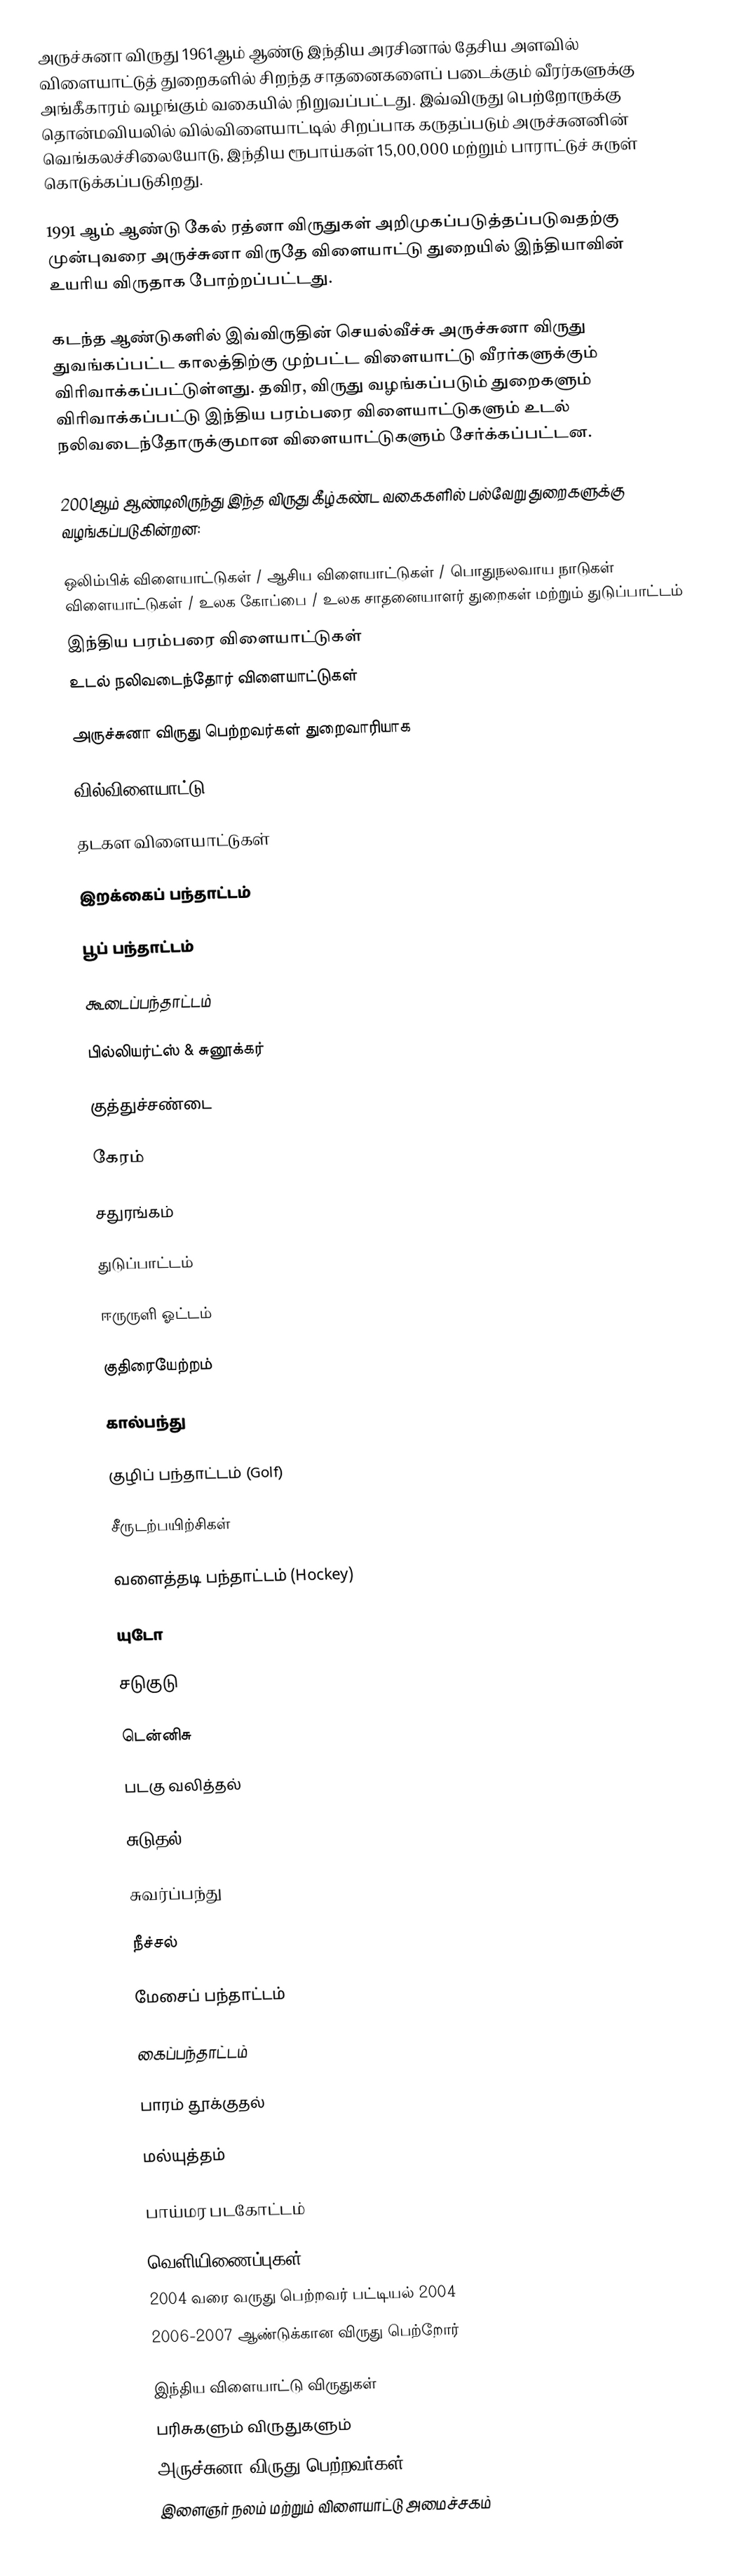
அருச்சுனா விருது 1961ஆம் ஆண்டு இந்திய அரசினால் தேசிய அளவில் விளையாட்டுத் துறைகளில் சிறந்த சாதனைகளைப் படைக்கும் வீரர்களுக்கு அங்கீகாரம் வழங்கும் வகையில் நிறுவப்பட்டது. இவ்விருது பெற்றோருக்கு தொன்மவியலில் வில்விளையாட்டில் சிறப்பாக கருதப்படும் அருச்சுனனின் வெங்கலச்சிலையோடு, இந்திய ரூபாய்கள் 15,00,000 மற்றும் பாராட்டுச் சுருள் கொடுக்கப்படுகிறது.

1991 ஆம் ஆண்டு கேல் ரத்னா விருதுகள் அறிமுகப்படுத்தப்படுவதற்கு முன்புவரை அருச்சுனா விருதே விளையாட்டு துறையில் இந்தியாவின் உயரிய விருதாக போற்றப்பட்டது.

கடந்த ஆண்டுகளில் இவ்விருதின் செயல்வீச்சு அருச்சுனா விருது துவங்கப்பட்ட காலத்திற்கு முற்பட்ட விளையாட்டு வீரர்களுக்கும் விரிவாக்கப்பட்டுள்ளது. தவிர, விருது வழங்கப்படும் துறைகளும் விரிவாக்கப்பட்டு இந்திய பரம்பரை விளையாட்டுகளும் உடல் நலிவடைந்தோருக்குமான விளையாட்டுகளும் சேர்க்கப்பட்டன.

2001ஆம் ஆண்டிலிருந்து இந்த விருது கீழ்கண்ட வகைகளில் பல்வேறு துறைகளுக்கு வழங்கப்படுகின்றன:

 ஒலிம்பிக் விளையாட்டுகள் / ஆசிய விளையாட்டுகள் / பொதுநலவாய நாடுகள் விளையாட்டுகள் / உலக கோப்பை / உலக சாதனையாளர் துறைகள் மற்றும் துடுப்பாட்டம்
 இந்திய பரம்பரை விளையாட்டுகள்
 உடல் நலிவடைந்தோர் விளையாட்டுகள்

அருச்சுனா விருது பெற்றவர்கள் துறைவாரியாக

வில்விளையாட்டு

தடகள விளையாட்டுகள்

இறக்கைப் பந்தாட்டம்

பூப் பந்தாட்டம்

கூடைப்பந்தாட்டம்

பில்லியர்ட்ஸ் & சுனூக்கர்

குத்துச்சண்டை

கேரம்

சதுரங்கம்

துடுப்பாட்டம்

ஈருருளி ஓட்டம்

குதிரையேற்றம்

கால்பந்து

குழிப் பந்தாட்டம் (Golf)

சீருடற்பயிற்சிகள்

வளைத்தடி பந்தாட்டம் (Hockey)

யுடோ

சடுகுடு

டென்னிசு

படகு வலித்தல்

சுடுதல்

சுவர்ப்பந்து

நீச்சல்

மேசைப் பந்தாட்டம்

கைப்பந்தாட்டம்

பாரம் தூக்குதல்

மல்யுத்தம்

பாய்மர படகோட்டம்

வெளியிணைப்புகள்
2004 வரை வருது பெற்றவர் பட்டியல் 2004
 2006-2007 ஆண்டுக்கான விருது பெற்றோர்

இந்திய விளையாட்டு விருதுகள்
பரிசுகளும் விருதுகளும்
அருச்சுனா விருது பெற்றவர்கள்
இளைஞர் நலம் மற்றும் விளையாட்டு அமைச்சகம்